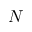
N